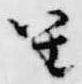
笙